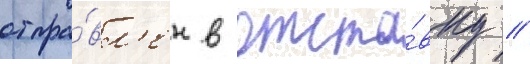
отпра́вл'ен в отста́вку //